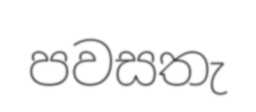
පවසතැ